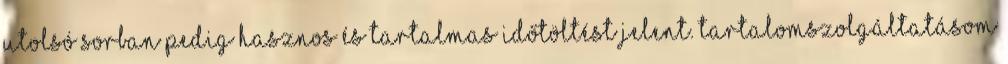
utolsó sorban pedig hasznos és tartalmas időtöltést jelent. Tartalomszolgáltatásom